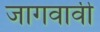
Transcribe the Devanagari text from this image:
जागवावी